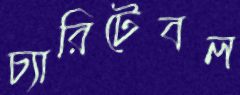
চ্যারিটেবল